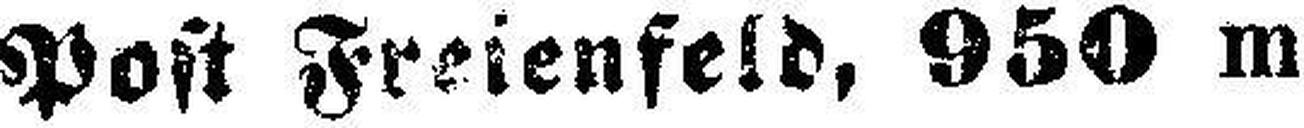
Post Freienfeld, 950 m